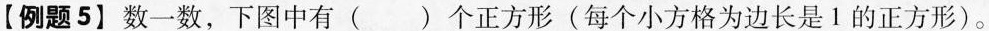
【例题5】数一数，下图中有( )个正方形(每个小方格为边长是Ⅰ的正方形)。